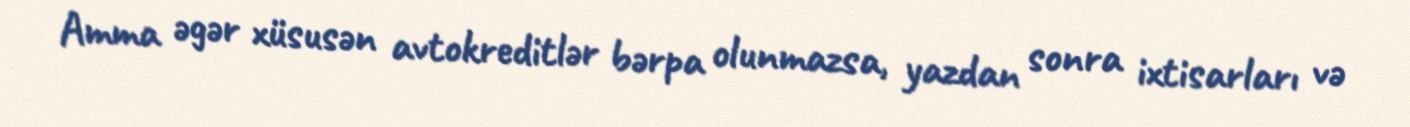
Amma əgər xüsusən avtokreditlər bərpa olunmazsa, yazdan sonra ixtisarları və